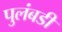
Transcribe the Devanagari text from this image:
पुलंबडी